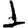
Digit: 1